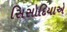
સિસોદિયાએ